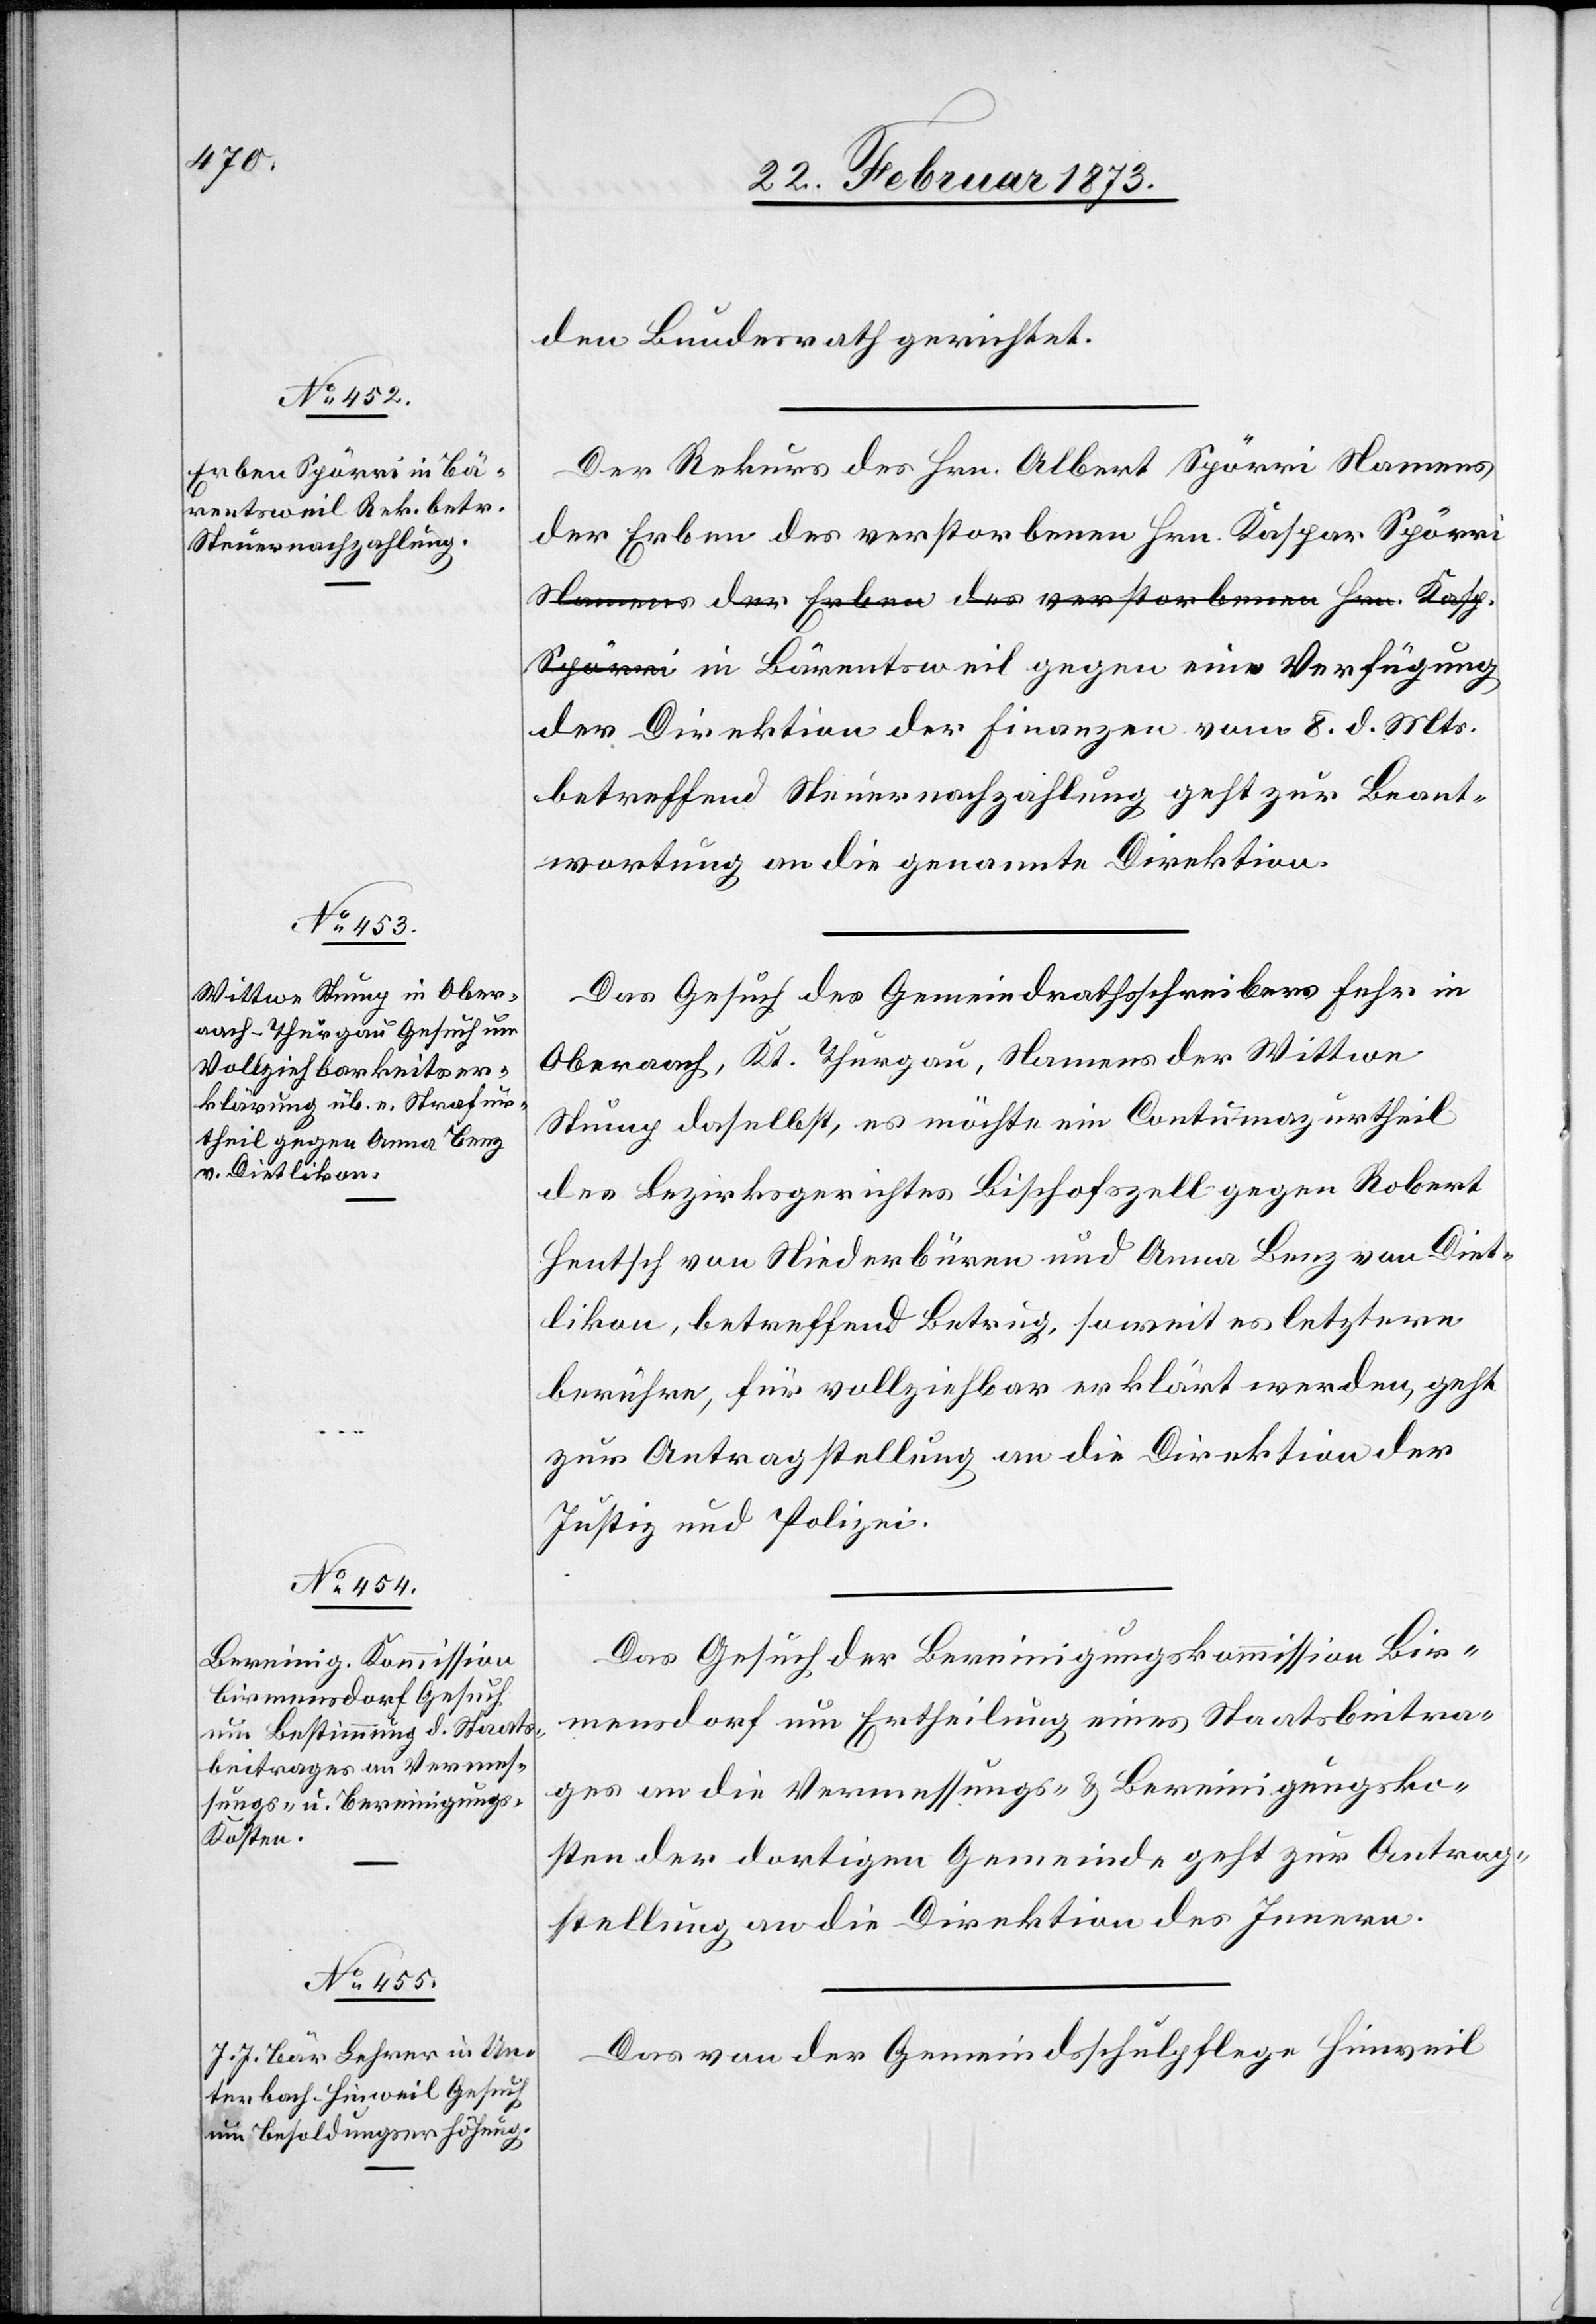
24. Februar 1873.]
den Bundesrath gerichtet.
Der Rekurs des Hrn. Albert Spörri Namens
der Erben des verstorbenen Hrn. Kaspar Spör¬
ri in Bärentsweil gegen eine Verfügung
der Direktion der Finanzen vom 8. d. Mts.
betreffend Steuernachzahlung geht zur Beant¬
wortung an die genannte Direktion.
Das Gesuch des Gemeindrathsschreibers Fehr in
Oberaach, Kt. Thurgau, Namens der Wittwe
Stump daselbst, es möchte ein Contumazurtheil
des Bezirksgerichtes Bischofszell gegen Robert
Hentsch von Niederbüren und Anna Benz von Diet¬
likon, betreffend Betrug, soweit es letztere
berühre, für vollziehbar erklärt werden, geht
zur Antragstellung an die Direktion der
Justiz und Polizei.
Das Gesuch der Bereinigungskommission Bir¬
mensdorf um Ertheilung eines Staatsbeitra¬
ges an die Vermessungs- u. Bereinigungsko¬
sten der dortigen Gemeinde geht zur Antrag¬
stellung an die Direktion des Innern.
Das von der Gemeindsschulpflege Hinweil